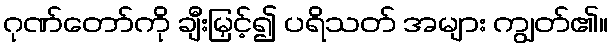
ဂုဏ်တော်ကို ချီးမြှင့်၍ ပရိသတ် အများ ကျွတ်၏။